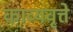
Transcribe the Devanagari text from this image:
काव्यवृत्ते